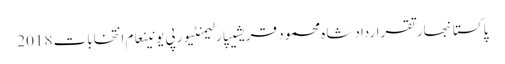
پاکستانبھارتقراردادشاہ محمود قریشیپارلیمنٹیورپی یونینعام انتخابات 2018